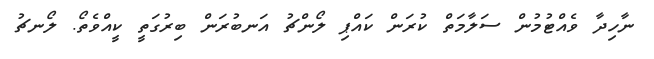
ނާހިދާ ވެއްޓުމުން ސަލާމަތް ކުރަން ކައްޕި ލޯންޗު އަނބުރަން ބިރުގަތީ ކީއްވެތޯ. ލޯނޗު